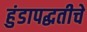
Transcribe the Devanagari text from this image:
हुंडापद्धतीचे